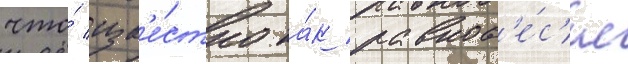
что́ изв'е́стно ка́к равнов'е́с'ие